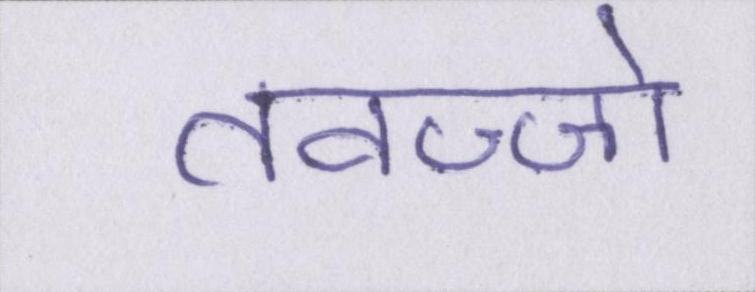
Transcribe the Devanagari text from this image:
तवज्जो